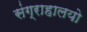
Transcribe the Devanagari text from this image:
संग्राहालयो